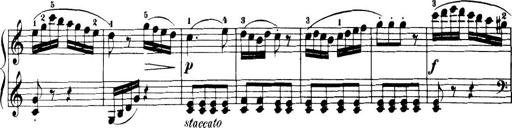
Title: 32 Sonatinas and Rondos for the Piano
Composer: Richard Kleinmichel